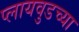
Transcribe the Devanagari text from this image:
प्लायवुडच्या